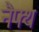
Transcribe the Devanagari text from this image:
नैफ्थ